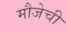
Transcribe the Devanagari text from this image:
मौजेची